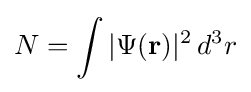
N=\int |\Psi (\mathbf {r} )|^{2}\,d^{3}r